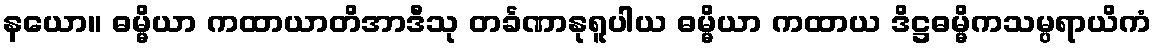
နယော။ ဓမ္မိယာ ကထာယာတိအာဒီသု တင်္ခဏာနုရူပါယ ဓမ္မိယာ ကထာယ ဒိဋ္ဌဓမ္မိကသမ္ပရာယိကံ